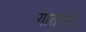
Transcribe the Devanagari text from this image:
यातनाऐं